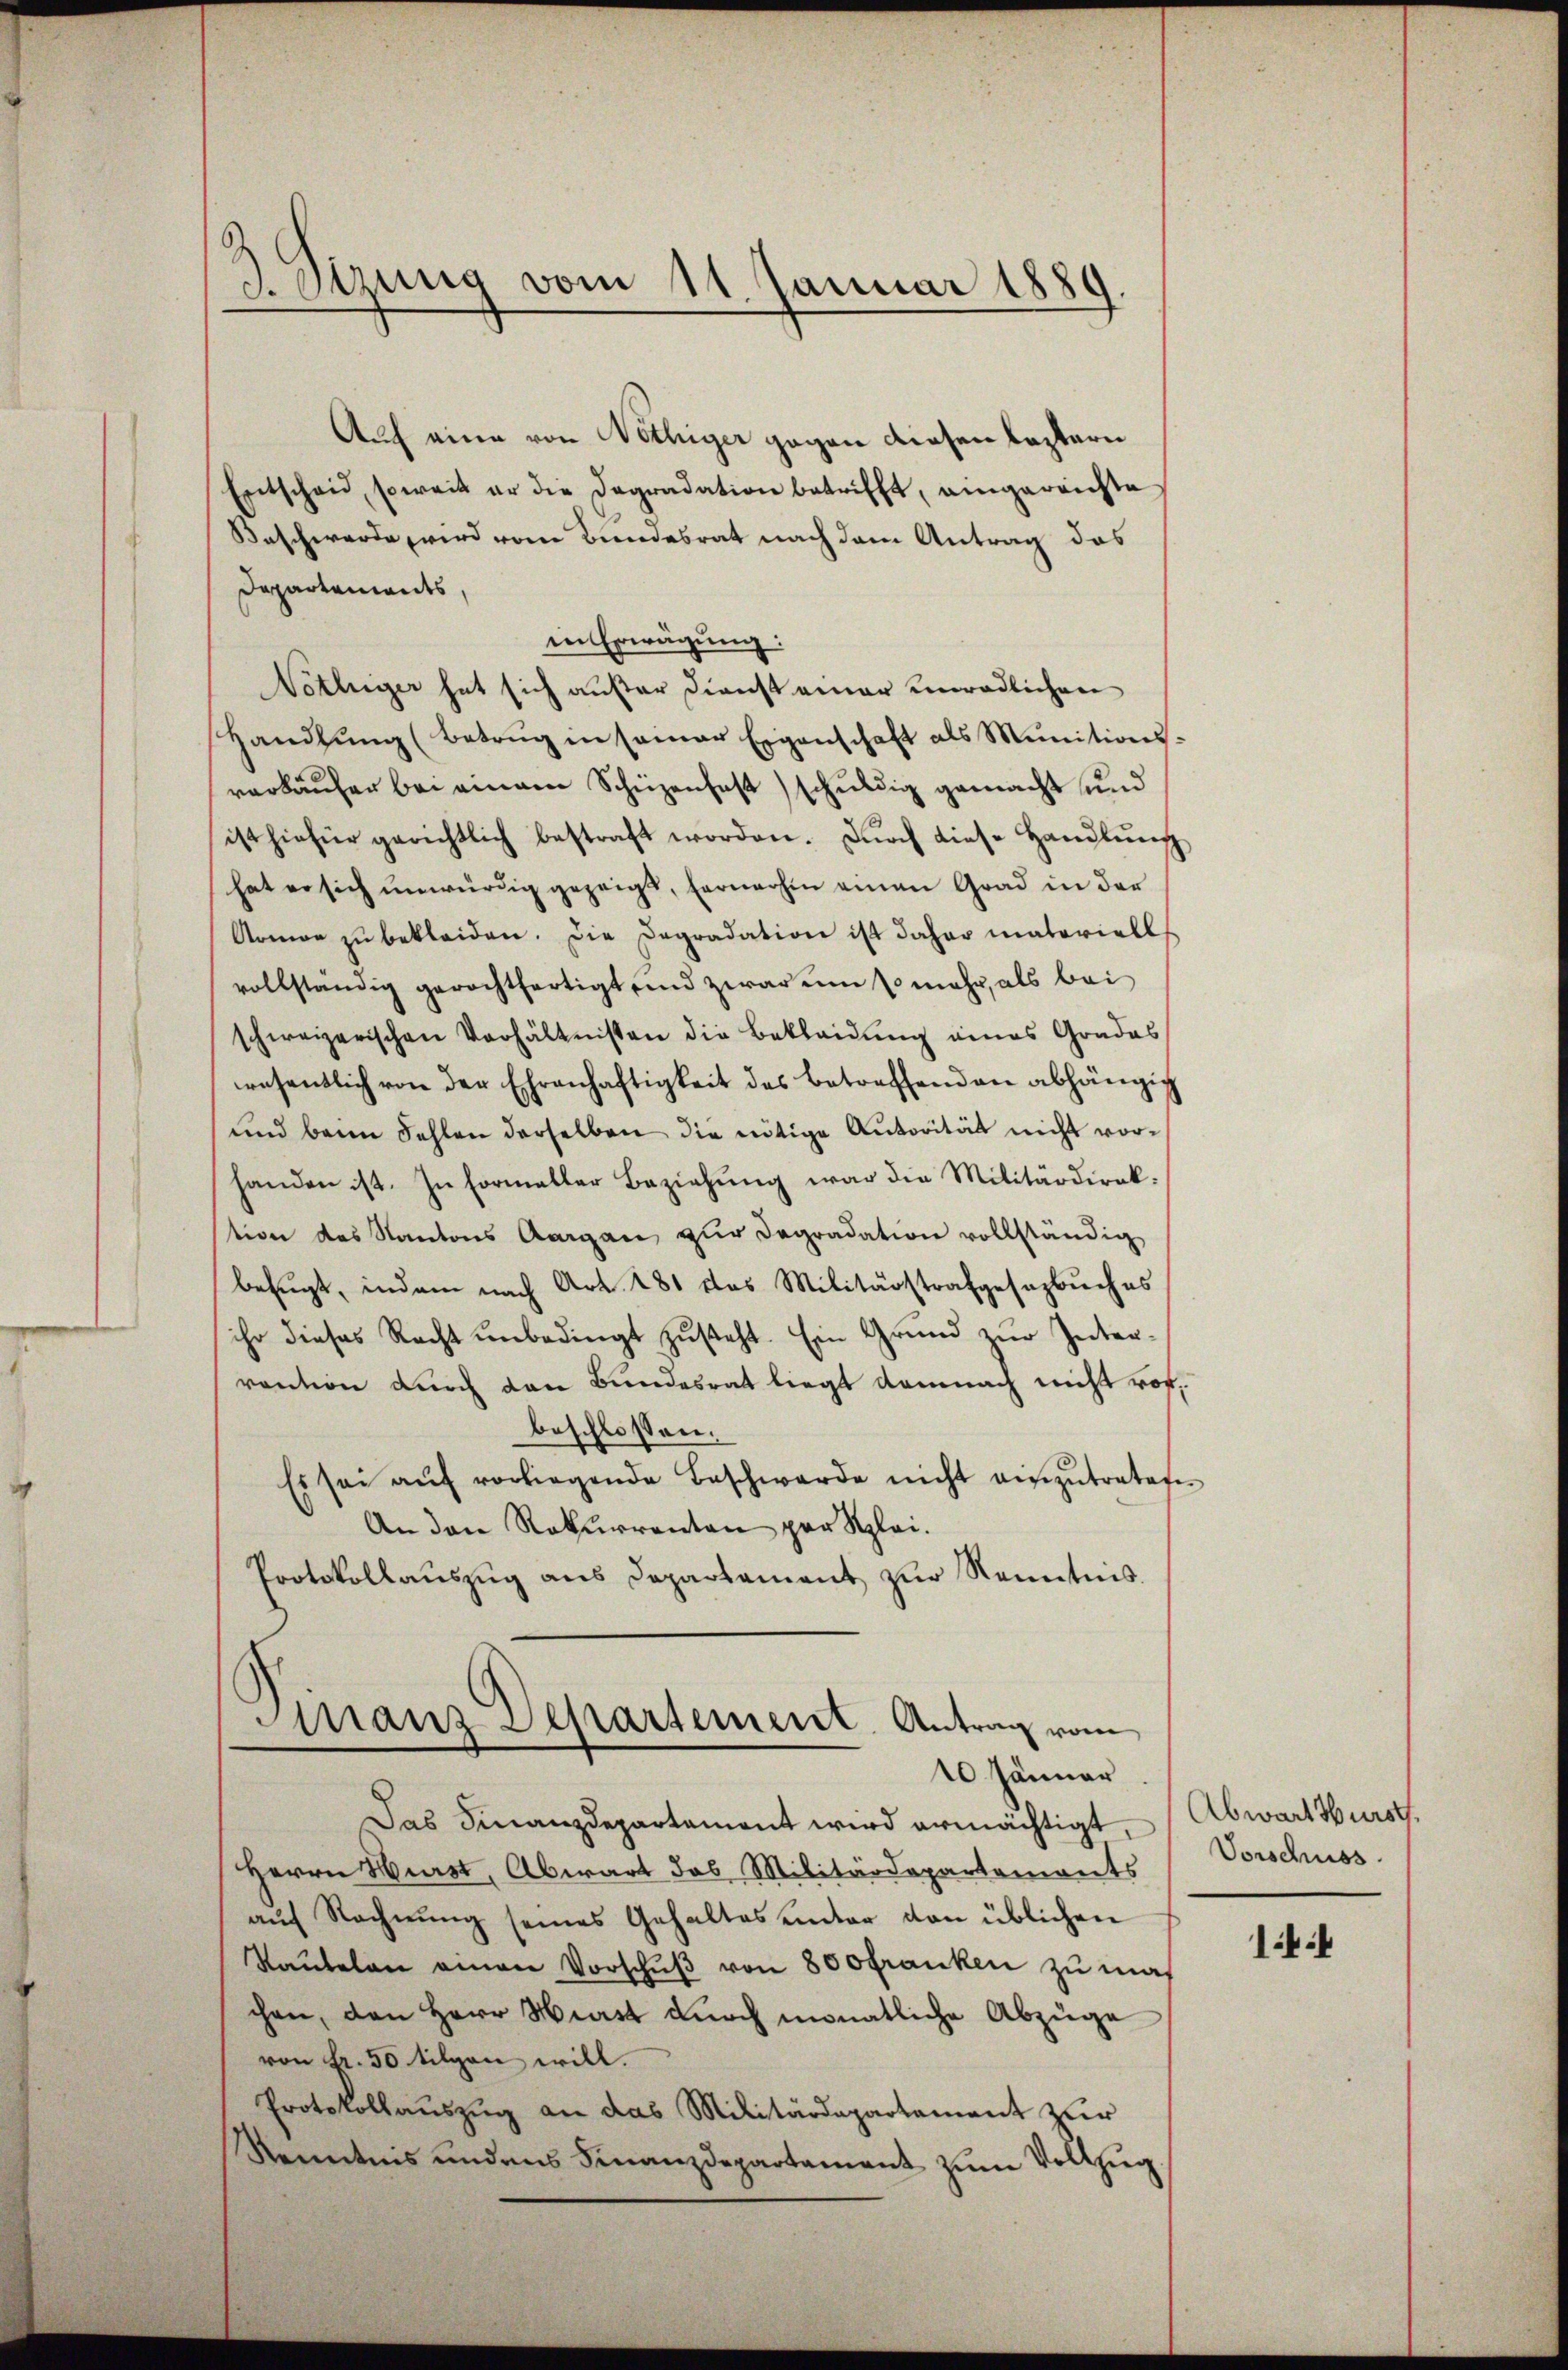
3.Sizung vom 11. Januar 1889.

Auch eine von Nöthiger gegen diesen leztern
Entscheid, soweit er die Dagradation betrifft, angereichte
Beschwerde, wird vom Bundesrat nach dem Antrag das
Departements,
in Erwägung:
Nöthiger hat sich außer Dienst einer unredlichen
Handlŭng (betrug in samer Eigenschaft als Munitions-
verkäufer bei einem Schüzenfest) schuldig gemacht und
ist hiefür gerichtlich bestraft worden. Dŭrch diese Handlŭng
hat er sich unwürdig gezeigt, fernerhin einen Grad in der
Armor zŭ bekleiden. Die Dagradation ist daher materiell
vollständig gerechtfertigt und zwar um so mehr, als bei
schweizerischen Verhältnissen die Bekleidŭng eines Grades
resentlich von der Ehrenhaftigkeit des betreffenden abhängig
und beim Fehlen derselben die nötige Autorität nicht vorhanden ist. In Formeller Beziehŭng war die Militärdirektion des Kantons Aargau zur Dagradation vollständig
befugt, indem nach Art. 481 das Militärstrafgesezbuches
ihr dieses Recht unbedingt zusteht. Ein Grund zur Intervention durch den Bundesrat liegt demnach nicht rofbeschlossen:
Es sei aŭf vorliegende Beschwerde nicht einzutrateten
An den Rekurrenten par Klei¬
Protokollaŭszŭg ans Departament zŭr Kenntnis
Finanz Departement. Antrag vom
10. Jänner
Das Finanzdepartament wird ermächtigt. Abwart Wurst.
Herrn Wurst, Abwart das Militärdepartements
aŭf Rechnung seines Gehaltes unter von üblichen
Kaŭtelen einen Vorschŭβ von 800 Franken zu machen, den Herr Hirst durch monatliche Abzüge
von Fr. 50 tilgen will.
Protokollaŭszŭg an das Militärdepartement zur
Kenntnis undens Finanzdepartament zum Vollzug

Vorschuss

144